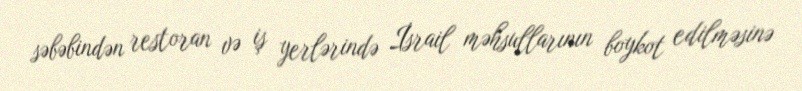
səbəbindən restoran və iş yerlərində İsrail məhsullarının boykot edilməsinə